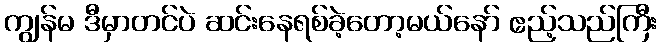
ကျွန်မ ဒီမှာတင်ပဲ ဆင်းနေရစ်ခဲ့တော့မယ်နော် ဧည့်သည်ကြီး